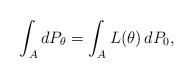
LaTeX: \begin{align*}\int_A d P_\theta = \int_A L(\theta) \, d P_0 ,\end{align*}